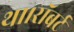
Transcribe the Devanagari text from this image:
था।रॉबर्ट